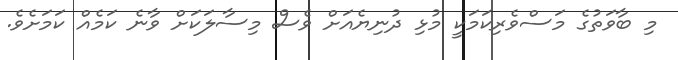
މި ބާވަތުގެ މަސްވެރިކަމަކީ މުޅި ދުނިޔެއަށް ވެސް މިސާލަކަށް ވާނެ ކަމެއް ކަމަށެވެ.